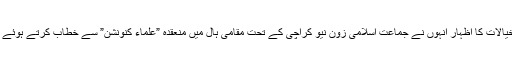
ان خیالات کا اظہار انہوں نے جماعت اسلامی زون نیو کراچی کے تحت مقامی ہال میں منعقدہ ”علماء کنونشن” سے خطاب کرتے ہوئے کیا۔